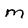
Character: m